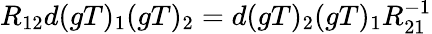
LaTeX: R_{12}d(gT)_{1}(gT)_{2}=d(gT)_{2}(gT)_{1}R_{21}^{-1}